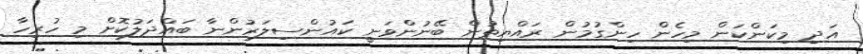
އަދި މިކަންކަން މިހެން ހިންގުމުން ރައްޔިތުން ބޭނުންވަނީ ކައުންސިލަރުންނާ ބައްދަލުކޮށް މި ހުރިހާ